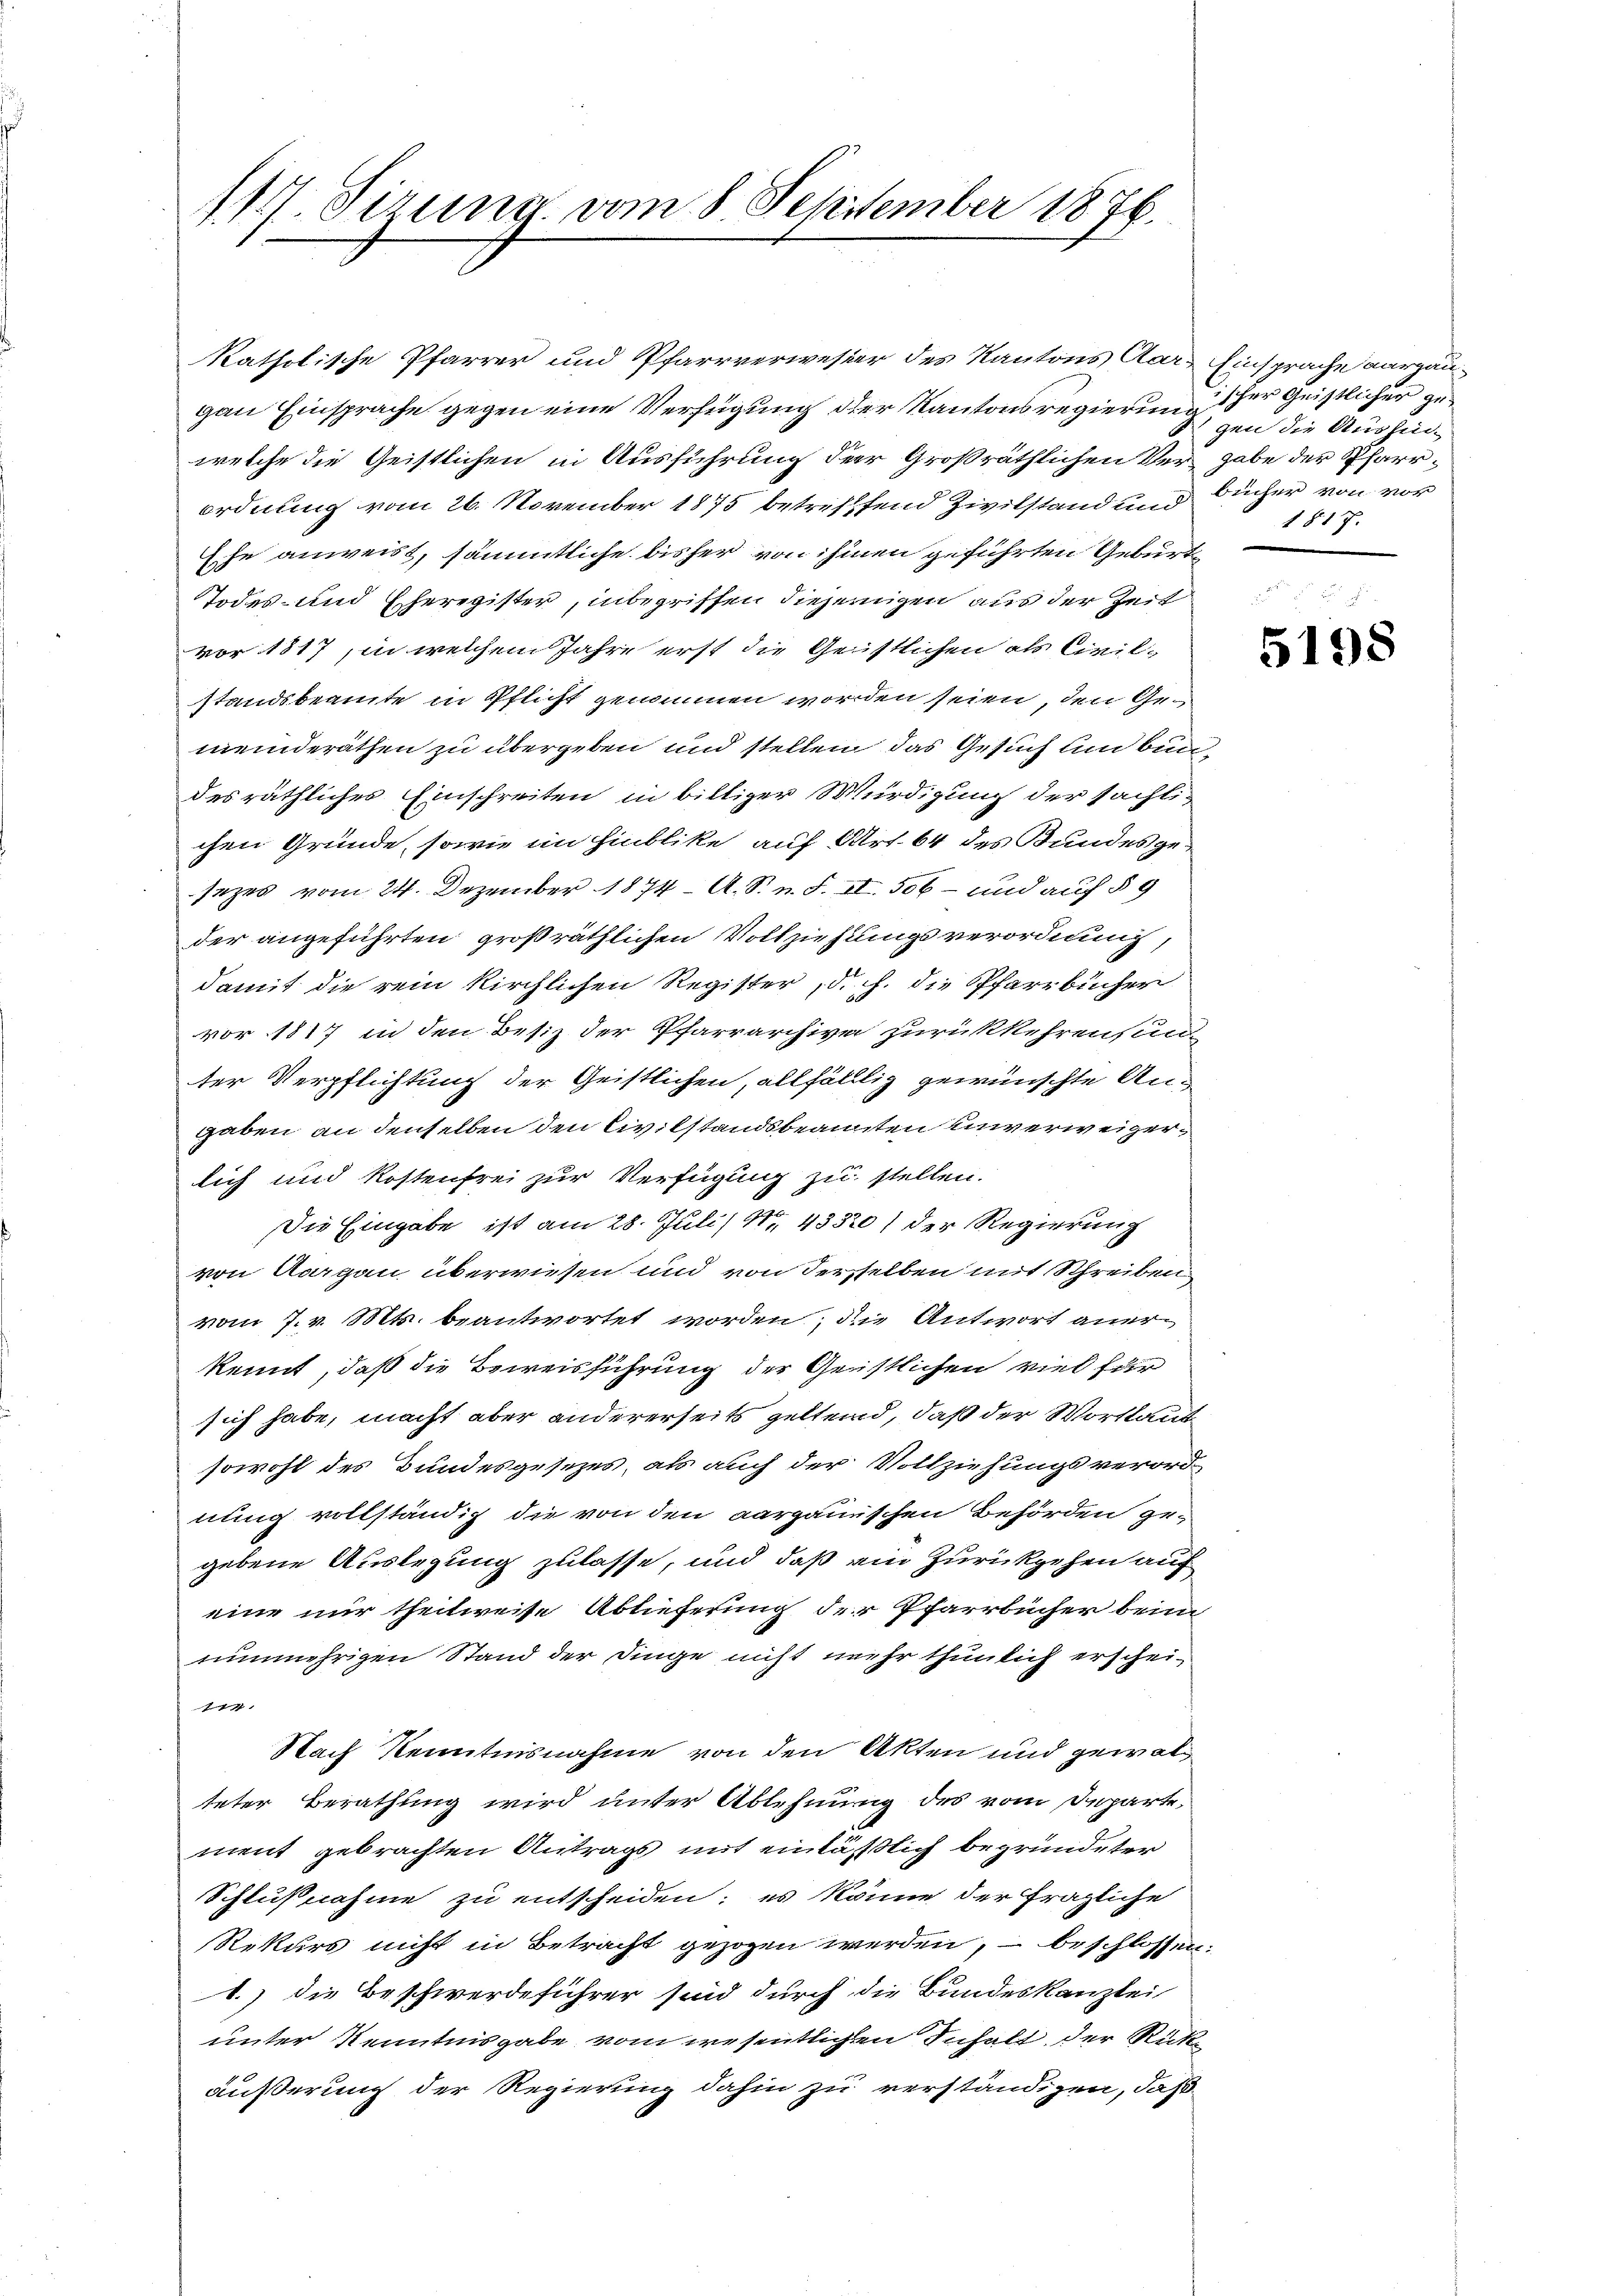
117. Sizung vom 8. September 1876.

katholische Pfarrer und Pfarrverweser des Kantons Aar- Einsprache aargaugan Einsprache gegen eine Verfügung der Kantonsregierung der Geistlicher gewelche die Geistlichen in Ausführung der Großräthlichen Vergabe der Pfarrordnung vom 26. November 1875 betreffend Zivilstand und Bücher von vor
Ehe anweist, sämmtliche bisher von ihmen geführten Gebürt
Todes- und Eheregister, inbegriffen diejenigen aus der Zeit
vor 1817, in welchem Jahre erst die Geistlichen als Civil-
standsbeamte in Pflicht genommen worden seien, den Gemeinderäthen zu übergeben und stellen das Gesuch und bin
des räthliches Einschreiten in billiger Würdigung der sächli-
chen Gründe, sowie im Hinblike auf Art. 64 des Bundesge-
sezes vom 24. Dezember 1874. A. S. n. F. II. 506 — und auf § 9
der angeführten großräthlichen Vollziehungsverordnung,
damit die rein kirchlichen Register, d. h. die Pfarrbücher
vor 1817 in den Besiz der Pfarrarchive zurückkehren un
ter Verpflichtung der Geistlichen, allfälllig gewünschte Angaben an denselben den Civilstandsbeamten einverweigerlich und Kostenfrei zur Verfügung zu stellen.
Die Eingabe ist am 28. Juli/ 11, 43320) der Regierung
von Aargau überwiesen und von derselben mit Schreiben
vom 7. v. Mts. beantwortet worden; die Antwort anerkennt, daß die Beweisführung der Geistlichen viel für
sich habe, macht aber andererseits geltend, daß der Wortlaut
sowohl des Bundesgesezes, als auch der Vollziehungsverord
nung vollständig die von den aargauischen Behörden ge-
gebene Auslegung zulasse, und daß am Zurückgehen auf
eine nur theilweise Ablieferung der Pfarrbücher beim
nunmehrigen Stand der Dinge nicht mehr thunlich erscheig
Nach Kenntnisnahme von den Akten und gewalteter Berathung wird unter Ablehnung des vom Departe,
ment gebrachten Antrags mit einläßlich begründeter
Schlußnahme zu entscheiden; es könne der fragliche
Rekurs nicht in Betracht gezogen werden, beschlossen:
1.) die Beschwerdeführer sind durch die Bundeskanzlei
unter Kenntnisgabe vom wesentlichen Inhalt der Rücke
äußerung der Regierung dahin zu verständigen, daß

gen die Aushin¬
1817.

5198